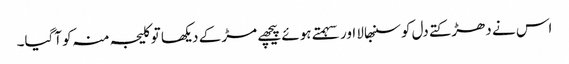
اس نے دھڑکتے دل کو سنبھالا اور سہمتے ہوئے پیچھے مڑ کے دیکھا تو کلیجہ منہ کو آگیا۔